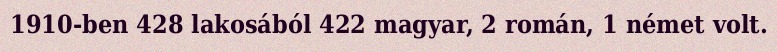
1910-ben 428 lakosából 422 magyar, 2 román, 1 német volt.